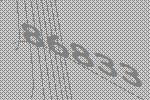
86833